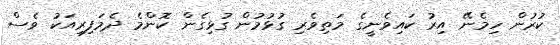
ކުރުން ހިމެނޭ އިރު ކައިވެނީގެ މަތިވެރި ގުޅުމުން ގުޅިގެން ކޮންމެ ދެމަފިރިއަކު ވެސް